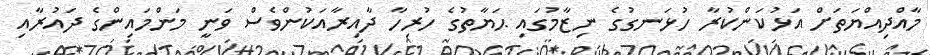
މާއްދިއްޔަތަށް އަޅުކަންކުރާ ހުޅަނގުގެ ނިޒާމުގައި ޙަޔާތުގެ ހުރިހާ ދާއިރާއަކުންވެސް ވަނީ މަންމައިންގެ ދައުރާއި